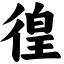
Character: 徨